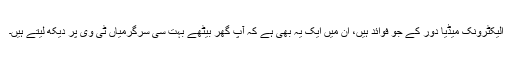
الیکٹرونک میڈیا دور کے جو فوائد ہیں، ان میں ایک یہ بھی ہے کہ آپ گھر بیٹھے بہت سی سرگرمیاں ٹی وی پر دیکھ لیتے ہیں۔